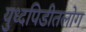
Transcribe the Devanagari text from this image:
युध्दपिडीतलोग